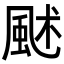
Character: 𩖶